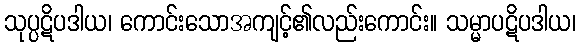
သုပ္ပဋိပဒါယ၊ ကောင်းသောအကျင့်၏လည်းကောင်း။ သမ္မာပဋိပဒါယ၊